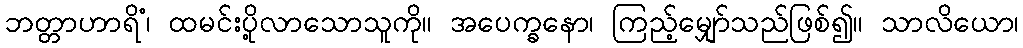
ဘတ္တာဟာရိံ၊ ထမင်းပို့လာသောသူကို။ အပေက္ခနော၊ ကြည့်မျှော်သည်ဖြစ်၍။ သာလိယော၊